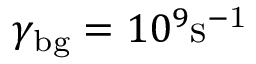
\gamma _ { \mathrm { b g } } = 1 0 ^ { 9 } \mathrm { s ^ { - 1 } }